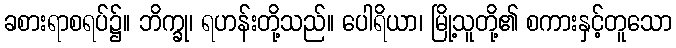
ခစားရာစရပ်၌။ ဘိက္ခု၊ ရဟန်းတို့သည်။ ပေါရိယာ၊ မြို့သူတို့၏ စကားနှင့်တူသော